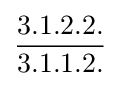
{\frac {3.1.2.2.}{3.1.1.2.}}